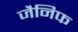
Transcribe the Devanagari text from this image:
जैनिफ